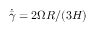
\dot { \bar { \gamma } } = 2 \Omega R / ( 3 H )